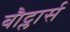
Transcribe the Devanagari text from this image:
बौट्लार्स